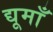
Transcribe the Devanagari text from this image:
द्यूमाँ